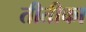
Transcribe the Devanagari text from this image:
तीतीका